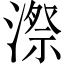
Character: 漈